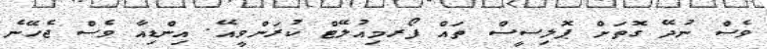
ވެސް ނުދޭ ގޮތަށް ޕޮލިސީސް ތައް ފޯރމިއުލޭޓް ކުރަންވީއޭ. އިންޑިއާ ވެސް ޖެހޭނެ